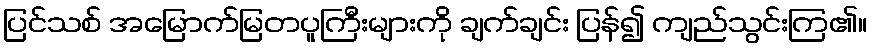
ပြင်သစ် အမြောက်မြတပူကြီးများကို ချက်ချင်း ပြန်၍ ကျည်သွင်းကြ၏။